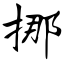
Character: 挪